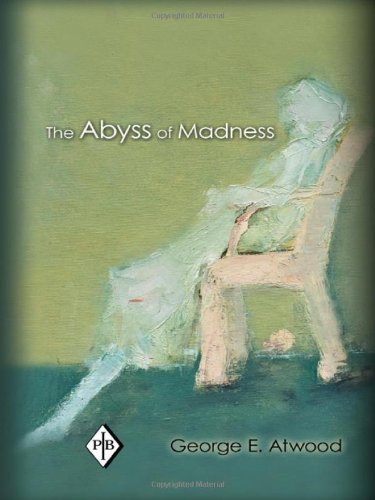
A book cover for The Abyss of Madness (Psychoanalytic Inquiry Book Series); George E. Atwood; Medical Books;